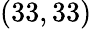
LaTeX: (33,33)